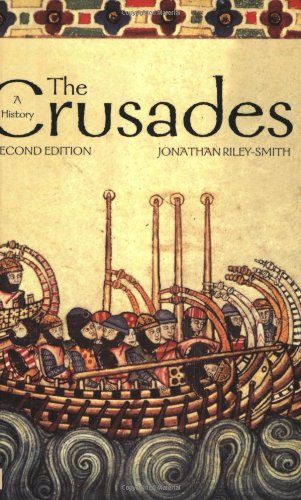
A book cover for The Crusades: A History; Jonathan Riley-Smith; History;